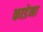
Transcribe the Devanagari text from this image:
काडेना